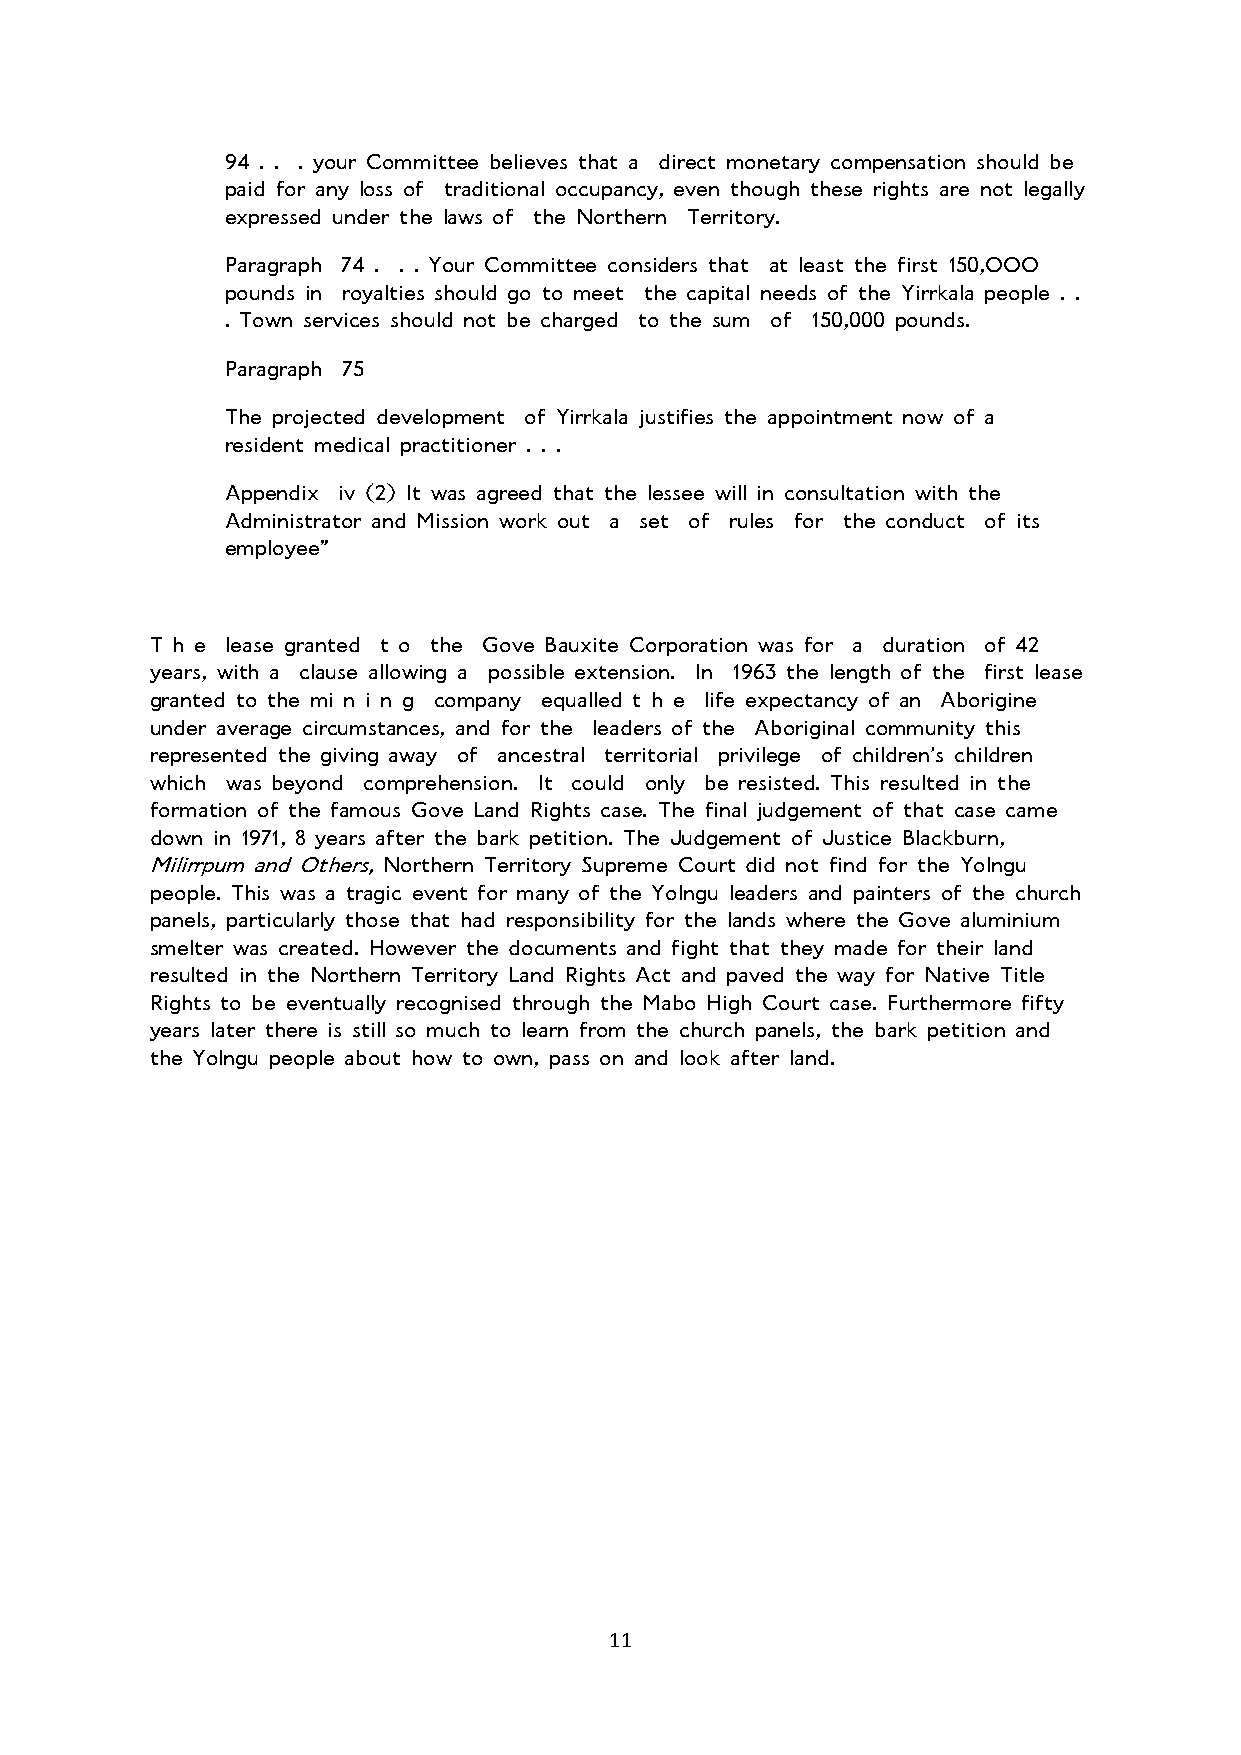
94 . . . your Committee believes that a direct monetary compensation should be
 paid for any loss of traditional occupancy, even though these rights are not legally
 expressed under the laws of the Northern Territory.
 Paragraph 74 . . . Your Committee considers that at least the first 150,OOO
 pounds in royalties should go to meet the capital needs of the Yirrkala people . .
 . Town services should not be charged to the sum of 150,000 pounds.
 Paragraph 75
 The projected development of Yirrkala justifies the appointment now of a
 resident medical practitioner . . .
 Appendix iv (2) It was agreed that the lessee will in consultation with the
 Administrator and Mission work out a set of rules for the conduct of its
 employee”
 T h e lease granted t o the Gove Bauxite Corporation was for a duration of 42
 years, with a clause allowing a possible extension. In 1963 the length of the first lease
 granted to the mi n i n g company equalled t h e life expectancy of an Aborigine
 under average circumstances, and for the leaders of the Aboriginal community this
 represented the giving away of ancestral territorial privilege of children’s children
 which was beyond comprehension. It could only be resisted. This resulted in the
 formation of the famous Gove Land Rights case. The final judgement of that case came
 down in 1971, 8 years after the bark petition. The Judgement of Justice Blackburn,
 Milirrpum and Others, Northern Territory Supreme Court did not find for the Yolngu
 people. This was a tragic event for many of the Yolngu leaders and painters of the church
 panels, particularly those that had responsibility for the lands where the Gove aluminium
 smelter was created. However the documents and fight that they made for their land
 resulted in the Northern Territory Land Rights Act and paved the way for Native Title
 Rights to be eventually recognised through the Mabo High Court case. Furthermore fifty
 years later there is still so much to learn from the church panels, the bark petition and
 the Yolngu people about how to own, pass on and look after land.
 11